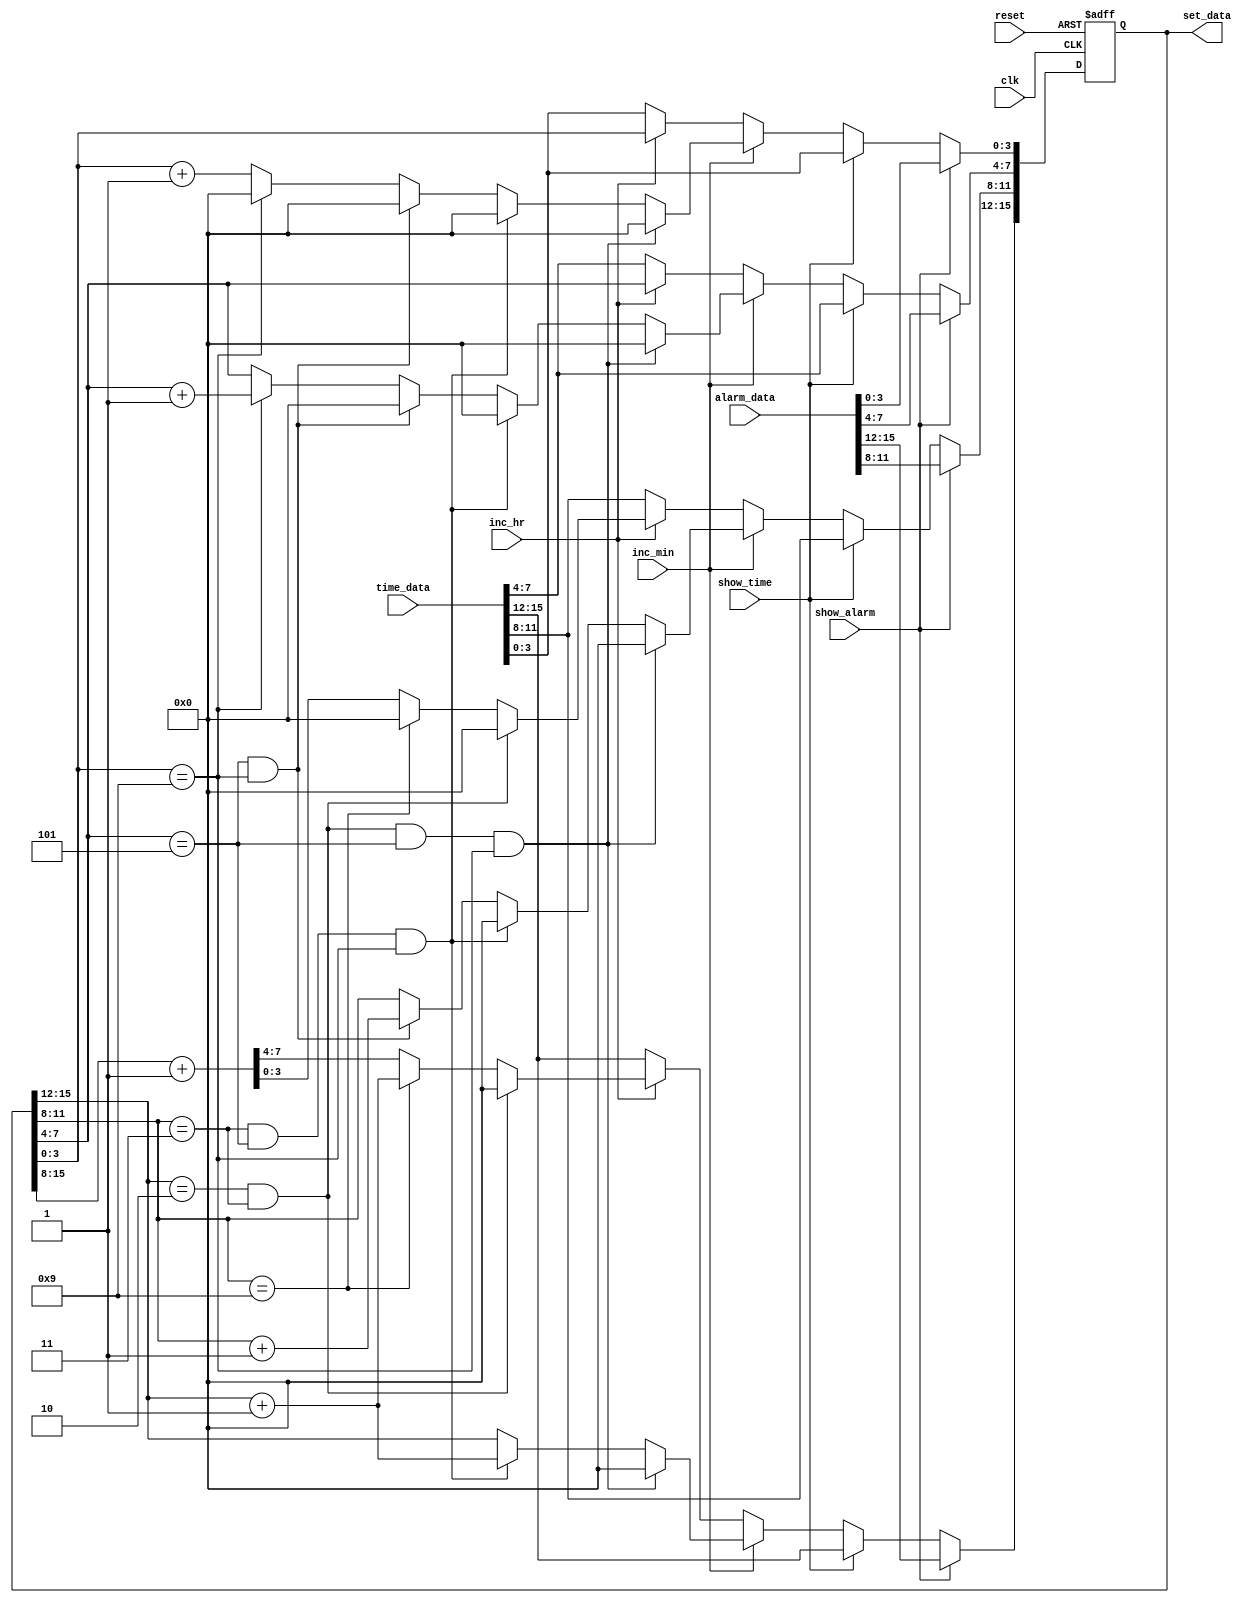
`timescale 1ns / 1ps
//////////////////////////////////////////////////////////////////////////////////
// Company: 
// Engineer: 
// 
// Design Name: 
// Module Name:    time_set_counter 
// Project Name: 
// Target Devices: 
// Tool versions: 
// Description: 
//
// Dependencies: 
//
// Revision: 
// Revision 0.01 - File Created
// Additional Comments: 
//
//////////////////////////////////////////////////////////////////////////////////
module time_set_counter(
	input clk,reset,inc_min,inc_hr,show_alarm,show_time,
	input [15:0] time_data,alarm_data,
	output reg [15:0] set_data
    );
	 
	 always @(posedge clk , negedge reset)
		 begin
			if(!reset)
				set_data <= 0;
			else if(show_alarm)
				set_data <= alarm_data;
			else if(show_time)
				set_data <= time_data;
			else if(inc_min)
				begin
					if(set_data[15:12] == 4'b0010 && set_data[11:8] == 4'b0011 && set_data[7:4] == 4'b0101 && set_data[3:0] == 4'b1001) // 2 3 : 5 9 then 0 0 : 0 0
						begin 
							set_data[15:0] <= 16'h0000;
						end
					else if(set_data[11:8] == 4'b0011 && set_data[7:4] == 4'b0101 && set_data[3:0] == 4'b1001) // ? 3 : 5 9 ----- ?+1 0 : 0 0
						begin 
							set_data[15:12] <= set_data[15:12] + 1'b1;
							set_data[11:0] <= 1'b0;
						end
					else if(set_data[7:4] == 4'b0101 && set_data[3:0] == 4'b1001) // ? ? : 5 9 ------ ?  ?+1 : 0 0
						begin
							set_data[11:8] <= set_data[11:8] + 1'b1;
							set_data[7:0] <= 1'b0;
						end
					else if(set_data[3:0] == 4'b1001) // ? ? : ? 9 ------ ? ? : ?+1 0
						begin
							set_data[3:0] <= 1'b0;
							set_data[7:4] <= set_data[7:4] + 1'b1;
						end
						else
							set_data[3:0] <= set_data + 1'b1;   //HR:MN just increament N = N + 1
				end
			else if(inc_hr)
				begin
					if(set_data[15:12] == 4'b0010 && set_data[11:8] == 4'b0011)   // HR -- 2 3 --- make it 0 0 
						set_data[15:8] <= 8'h00;
					else if(set_data[11:8] == 4'b1001) // HR ---- ? 9 --- (?+1) 0
						begin
							set_data[11:8] <= 0;
							set_data[15:12] <= set_data[15:12] + 1'b1;	
						end
					else
						set_data[15:8] <= set_data[15:8] + 1'b1;
				end
			else
				set_data <= time_data;
				
		 end


endmodule